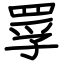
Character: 罦